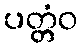
ပတ္တံဝ